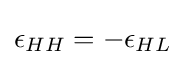
\epsilon _{HH}=-\epsilon _{HL}